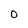
Character: 0